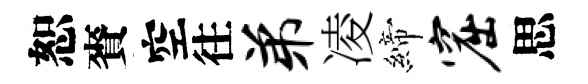
恕賚空往弟凌締窟思